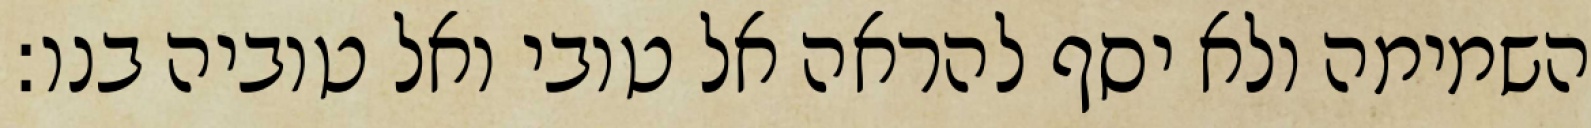
השמימה ולא יסף להראה אל טובי ואל טוביה בנו: